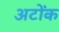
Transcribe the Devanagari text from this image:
अटोंक